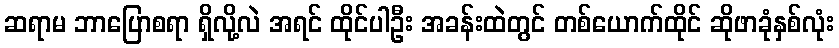
ဆရာမ ဘာပြောစရာ ရှိလို့လဲ အရင် ထိုင်ပါဦး အခန်းထဲတွင် တစ်ယောက်ထိုင် ဆိုဖာခုံနှစ်လုံး